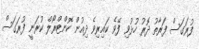
ފުރަގަސް ފަރާތު ދޮރު ހުޅުވިި ފޭވެ ކައިރިވެ ދިއުން ކޮންޓްރޯލް ކުރަނީ ފުރަގަސް